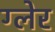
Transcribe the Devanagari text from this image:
ग्लेर